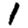
Digit: 1